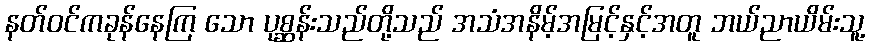
နတ်ဝင်ကခုန်နေကြ သော ပုစ္ဆန်းသည်တို့သည် အသံအနိမ့်အမြင့်နှင့်အတူ ဘယ်ညာယိမ်းသူ့